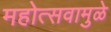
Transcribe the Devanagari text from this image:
महोत्सवामुळे